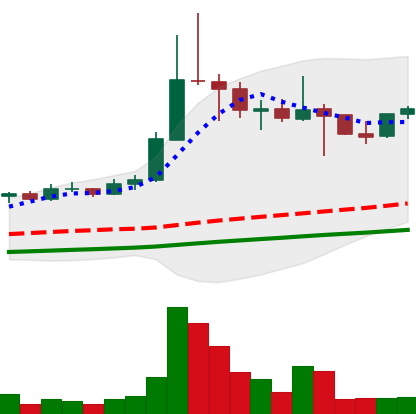
Ticker: ETC-USD
Chart end date: 2021-04-27
Forward return: 33.197%
Label: up_7plus